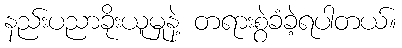
နည်းပညာခိုးယူမှုနဲ့ တရားစွဲခံခဲ့ရပါတယ်။